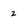
Character: 2